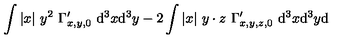
\int | x | \ y ^ { 2 } \ \Gamma _ { x , y , 0 } ^ { \prime } \ \mathrm { d } ^ { 3 } x \mathrm { d } ^ { 3 } y - 2 \int | x | \ y \cdot z \ \Gamma _ { x , y , z , 0 } ^ { \prime } \ \mathrm { d } ^ { 3 } x \mathrm { d } ^ { 3 } y \mathrm { d }